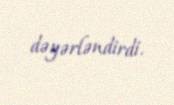
dəyərləndirdi.